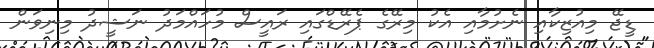
ޑީޖޭ މިއުޒިކާއި ނެށުމާއި އެކު މިރޭގެ ޕެރޭޑްގައި ރައީސް މުހައްމަދު ނަޝީދު މިނިވަން